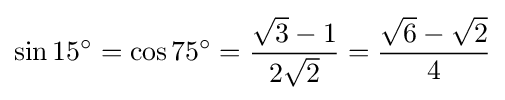
\sin 15^{\circ }=\cos 75^{\circ }={\frac {{\sqrt {3}}-1}{2{\sqrt {2}}}}={\frac {{\sqrt {6}}-{\sqrt {2}}}{4}}